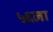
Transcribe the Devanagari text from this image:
५६ला